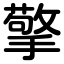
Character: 擎